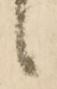
候